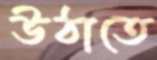
উঠাতে